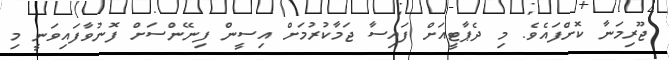
ޖޫރިމަނާ ކޮށްފައެވެ. މި ދެޕާޓީއަށް ފައިސާ ޖަމާކުރުމަށް އިސީން ފިނޭންސަށް ފޮނުވާފައިވަނީ މި